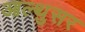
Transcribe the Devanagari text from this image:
आल्थुसर